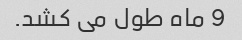
9 ماه طول می کشد.